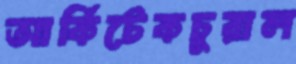
আর্কিটেকচুরাল